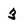
Character: 3